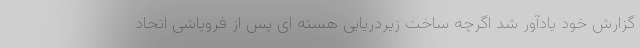
گزارش خود یادآور شد اگرچه ساخت زیردریایی هسته ای پس از فروپاشی اتحاد